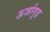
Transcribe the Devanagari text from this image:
ऊर्जागृह